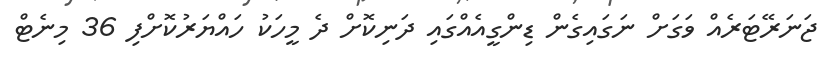
ޖަނަރޭޓަރެއް ވަގަށް ނަގައިގެން ޑިންގީއެއްގައި ދަނިކޮށް ދެ މީހަކު ހައްޔަރުކޮށްފި 36 މިނެޓް